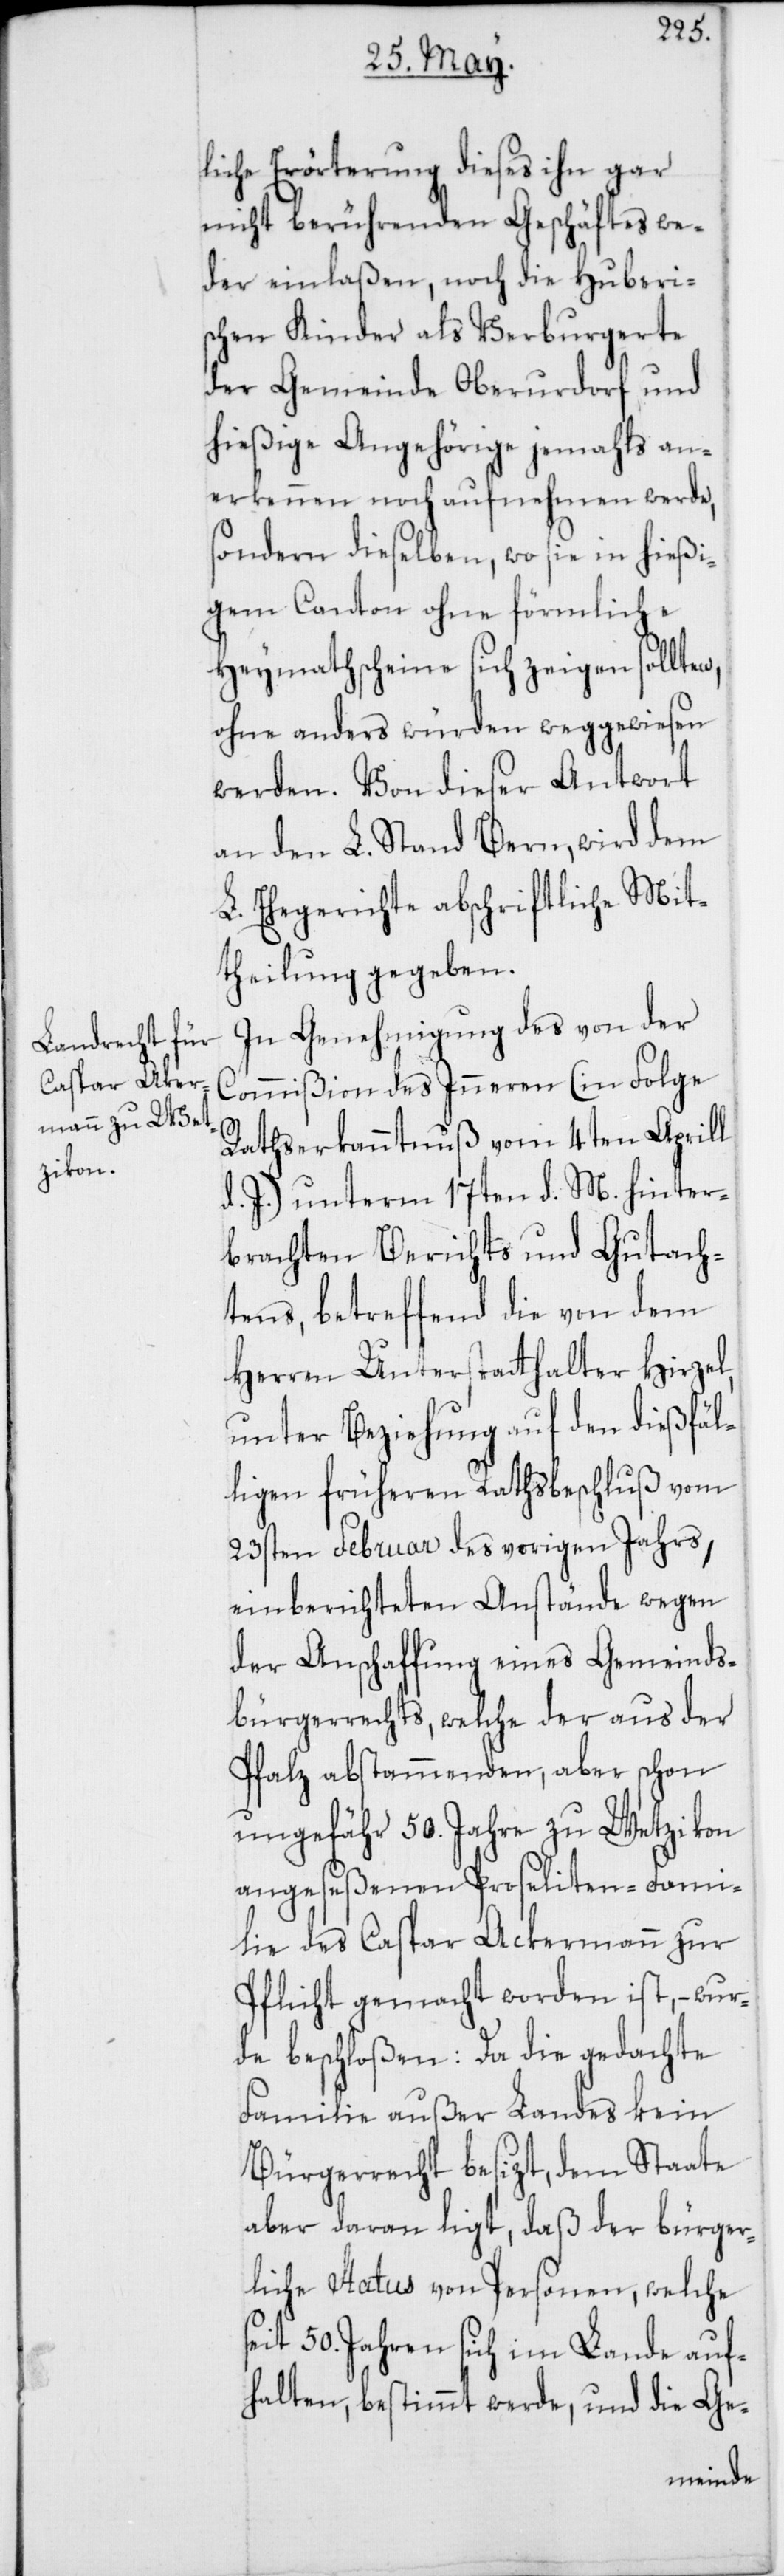
liche Erörterung dieses ihn gar
nicht berührenden Geschäftes we¬
der einlaßen, noch die Huberi¬
schen Kinder als Verburgerte
der Gemeinde Oberurdorf und
hießige Angehörige jemahls an¬
erkennen noch aufnehmen werde,
sondern dieselben, wo sie in hießi¬
gem Canton ohne förmliche
Heymathscheine sich zeigen sollten,
ohne anders würden weggewiesen
werden. Von dieser Antwort
an den L. Stand Bern, wird dem
L. Ehegerichte abschriftliche Mit¬
theilung gegeben.
In Genehmigung des von der
Commißion des Inneren (in Folge
Rathserkanntnuß vom 4ten Aprill
d. J.) unterm 17ten d. M. hinter¬
brachten Berichts und Gutach¬
tens, betreffend die von dem
Herren Unterstatthalter Hirzel,
unter Beziehung auf den dießfäl¬
ligen früheren Rathsbeschluß vom
23sten Februar des vorigen Jahrs,
einberichteten Anstände wegen
der Anschaffung eines Gemeinds¬
bürgerrechts, welche der aus der
Pfalz abstammenden, aber schon
ungefähr 50. Jahre zu Wetzikon
angeseßenen Proseliten-Fami¬
lie des Caspar Ackermann zur
Pflicht gemacht worden ist, – wur¬
de beschloßen: Da die gedachte
Familie außer Landes kein
Bürgerrecht besizt, dem Staate
aber daran ligt, daß der bürger¬
liche Status von Personen, welche
seit 50. Jahren sich im Lande auf¬
halten, bestimmt werde, und die Ge-